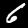
Digit: 6